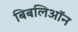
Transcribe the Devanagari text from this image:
बिबलिऑन